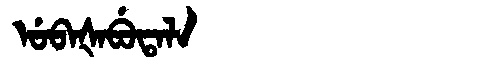
Manchu: ᡠᠪᠠᡧᠠᠪᡠᡨᠠᠯᠠ
Romanization: UBAŠABUTALA